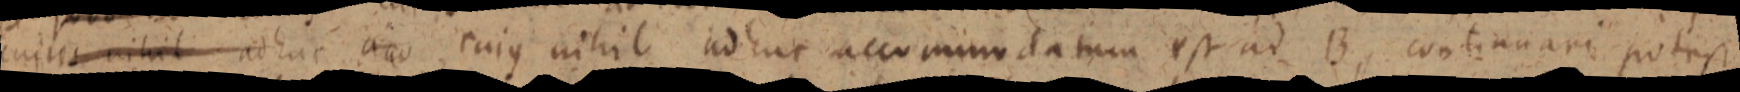
cujus nihil ad huc aeo cujus nihil adhuc accomodatum est ad B, continuari potest